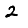
Digit: 2